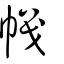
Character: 幟